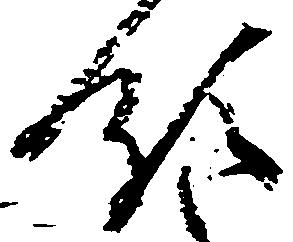
領